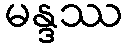
မန္ဒဿ